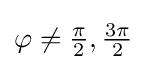
\varphi \neq {\tfrac {\pi }{2}},{\tfrac {3\pi }{2}}